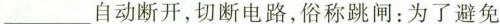
___自动断开，切断电路，俗称跳闸：为了避免